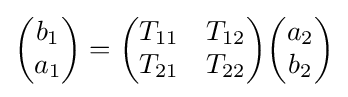
{\begin{pmatrix}b_{1}\\a_{1}\end{pmatrix}}={\begin{pmatrix}T_{11}&T_{12}\\T_{21}&T_{22}\end{pmatrix}}{\begin{pmatrix}a_{2}\\b_{2}\end{pmatrix}}